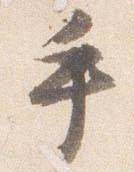
手